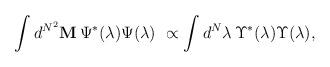
LaTeX: \begin{align*}\int d^{N^2}{\bf M}\, { \Psi}^*(\lambda) { \Psi}(\lambda)\ \propto \int d^N \lambda \, { \Upsilon}^*(\lambda){ \Upsilon}(\lambda),\end{align*}